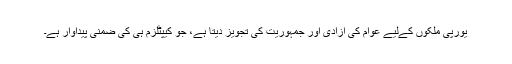
یورپی ملکوں کےلیے عوام کی آزادی اور جمہوریت کی تجویز دیتا ہے، جو کیپٹلزم ہی کی ضمنی پیداوار ہے۔